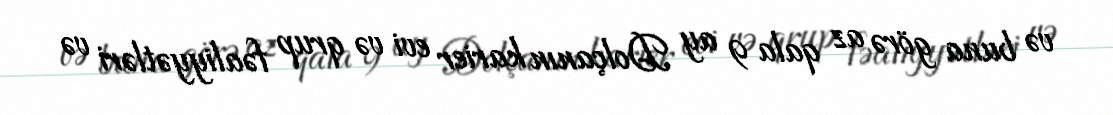
və buna görə az qala 9 ay Dolçanın karier evi və qrup fəaliyyətləri və